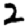
Digit: 2